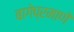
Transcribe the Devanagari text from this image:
बागेप्रमाणे